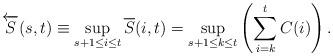
LaTeX: \begin{align*} \overleftarrow{S}(s,t) \equiv \sup_{s+1\le i\le t} \overline{S}(i,t) = \sup_{{s+1}\le{k}\le{t}}\left(\sum\limits_{i=k}\limits^{t}{C(i)}\right).\end{align*}